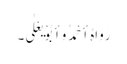
رَوَاہُ أَحْمَدُ وَأَبُوْ یَعْلٰی۔